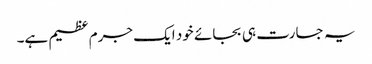
یہ جسارت ہی بجائے خود ایک جرم عظیم ہے۔